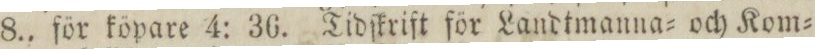
8., för köpare 4: 36. Tidſkrift för Landtmanna= och Kom=